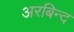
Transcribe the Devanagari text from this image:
अरबिन्द